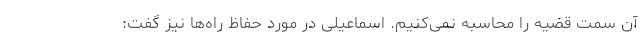
آن سمت قضیه را محاسبه نمی‌کنیم. اسماعیلی در مورد حفاظ راه‌ها نیز گفت:‌